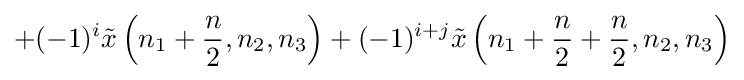
+(-1)^{i}{\tilde {x}}\left(n_{1}+{\frac {n}{2}},n_{2},n_{3}\right)+(-1)^{i+j}{\tilde {x}}\left(n_{1}+{\frac {n}{2}}+{\frac {n}{2}},n_{2},n_{3}\right)